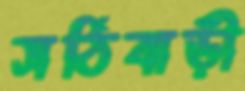
সঠিবাড়ী